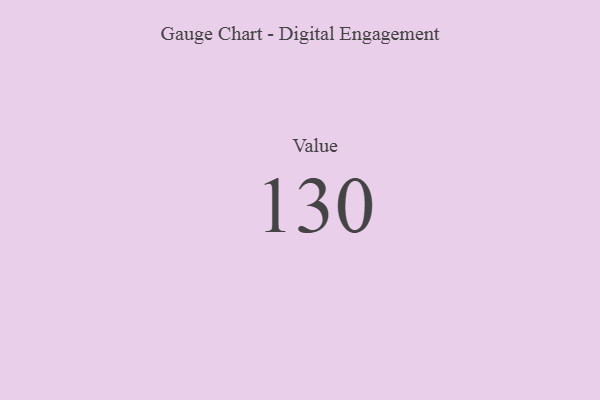
{"axis": {"x": "Metric", "y": "Value"}, "legend": [""], "data": [{"x": "Value", "y": 130, "type": ""}]}